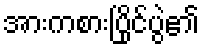
အားကစားပြိုင်ပွဲ၏